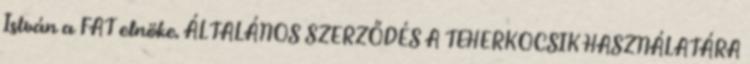
István a FAT elnöke. ÁLTALÁNOS SZERZŐDÉS A TEHERKOCSIK HASZNÁLATÁRA